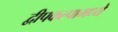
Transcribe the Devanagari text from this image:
द्वीपकल्पामध्ये